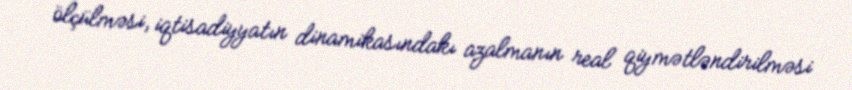
ölçülməsi, iqtisadiyyatın dinamikasındakı azalmanın real qiymətləndirilməsi